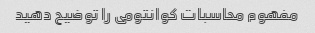
مفهوم محاسبات کوانتومی را توضیح دهید